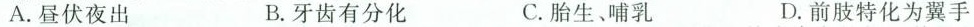
A.昼伏夜出 B.牙齿有分化 C.胎生、哺乳 D.前肢特化为翼手